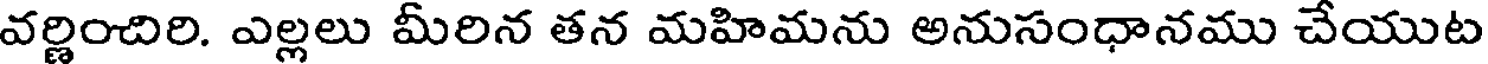
వర్ణించిరి. ఎల్లలు మీరిన తన మహిమను అనుసంధానము చేయుట